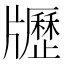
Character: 𤘃